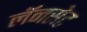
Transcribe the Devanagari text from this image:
लॅनसेट